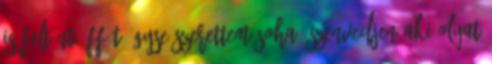
is feltűnt. FF-t úgyse szerettem soha, szenvedjen aki olyat